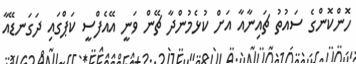
ހޮންކޮންގެ ސައުތު ޗައިނާއާ އަށް ކުޅެމުންދާ ޗޭން ވަނީ އޭއެފްސީ ކަޕްގައި ދަގަނޑޭއާ